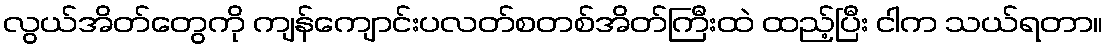
လွယ်အိတ်တွေကို ကျန်ကျောင်းပလတ်စတစ်အိတ်ကြီးထဲ ထည့်ပြီး ငါက သယ်ရတာ။